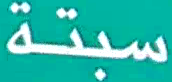
ستة ن